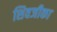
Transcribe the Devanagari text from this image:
शिवजीका